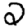
Digit: 2